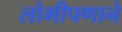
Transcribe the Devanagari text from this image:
लोभीपणाने